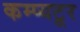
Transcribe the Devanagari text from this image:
कम्प्यटूर